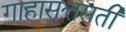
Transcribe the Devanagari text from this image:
गाहासत्तसती